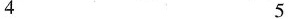
4 5